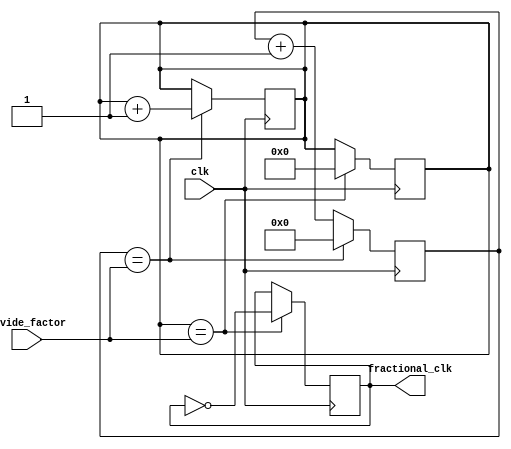
module fractional_clock_divider (
    input wire clk,
    input wire [7:0] divide_factor,
    output reg fractional_clk
);

reg [23:0] count;
reg [7:0] counter;

always @(posedge clk) begin
    if (count == divide_factor) begin
        count <= 0;
        counter <= counter + 1;
    end else begin
        count <= count + 1;
    end
end

always @(posedge clk) begin
    if (counter == divide_factor) begin
        counter <= 0;
        fractional_clk <=~fractional_clk;
    end
end

endmodule